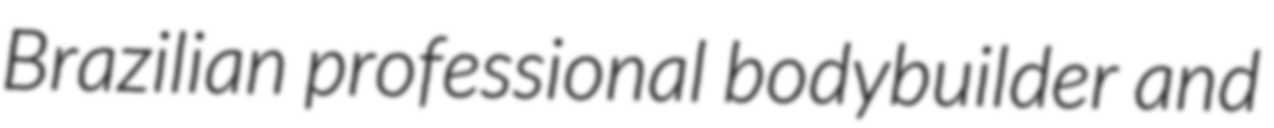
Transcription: Brazilian professional bodybuilder and